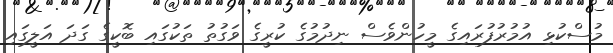
މުސްކުޅި އުމުރުފުރައިގެ މީހުންވެސް ނިދުމުގެ ކުރީގެ ވަގުތު ތަކުގައި ބޮކީގެ ގަދަ އަލީގައި